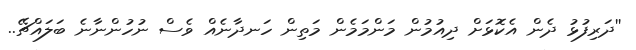
''ދަރިފުޅު ދެން އެކޮޅަށް ދިއުމުން މަންމަމެން މަތިން ހަނދާނެއް ވެސް ނުހުންނާނެ ބަލައްޗޭ..